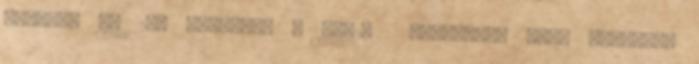
KINIZSI U. 29. Telefon: , 06-20 RENDELÉSI IDÕ: hétfõtõl